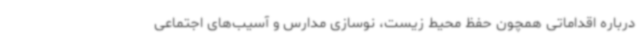
درباره اقداماتی همچون حفظ محیط زیست، نوسازی مدارس و آسیب‌های اجتماعی